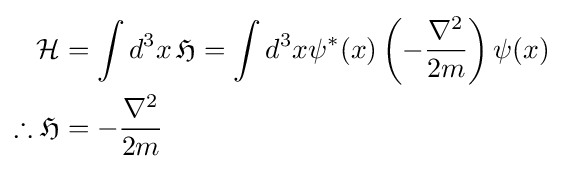
{\begin{aligned}{\mathcal {H}}&=\int d^{3}x\,{\mathfrak {H}}=\int d^{3}x\psi ^{*}(x)\left(-{\frac {\nabla ^{2}}{2m}}\right)\psi (x)\\\therefore {\mathfrak {H}}&=-{\frac {\nabla ^{2}}{2m}}\end{aligned}}